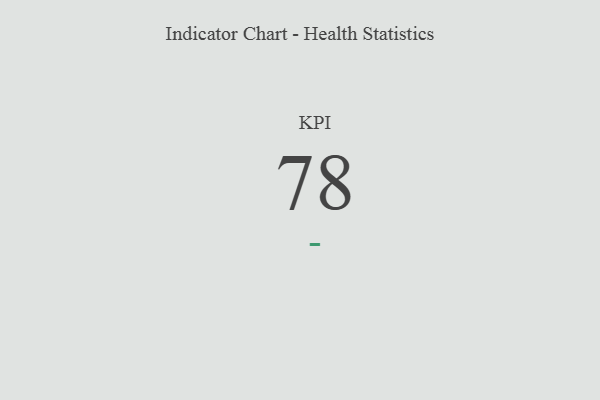
{"axis": {"x": "KPI", "y": "Value"}, "legend": [""], "data": [{"x": "KPI", "y": 78, "type": ""}]}